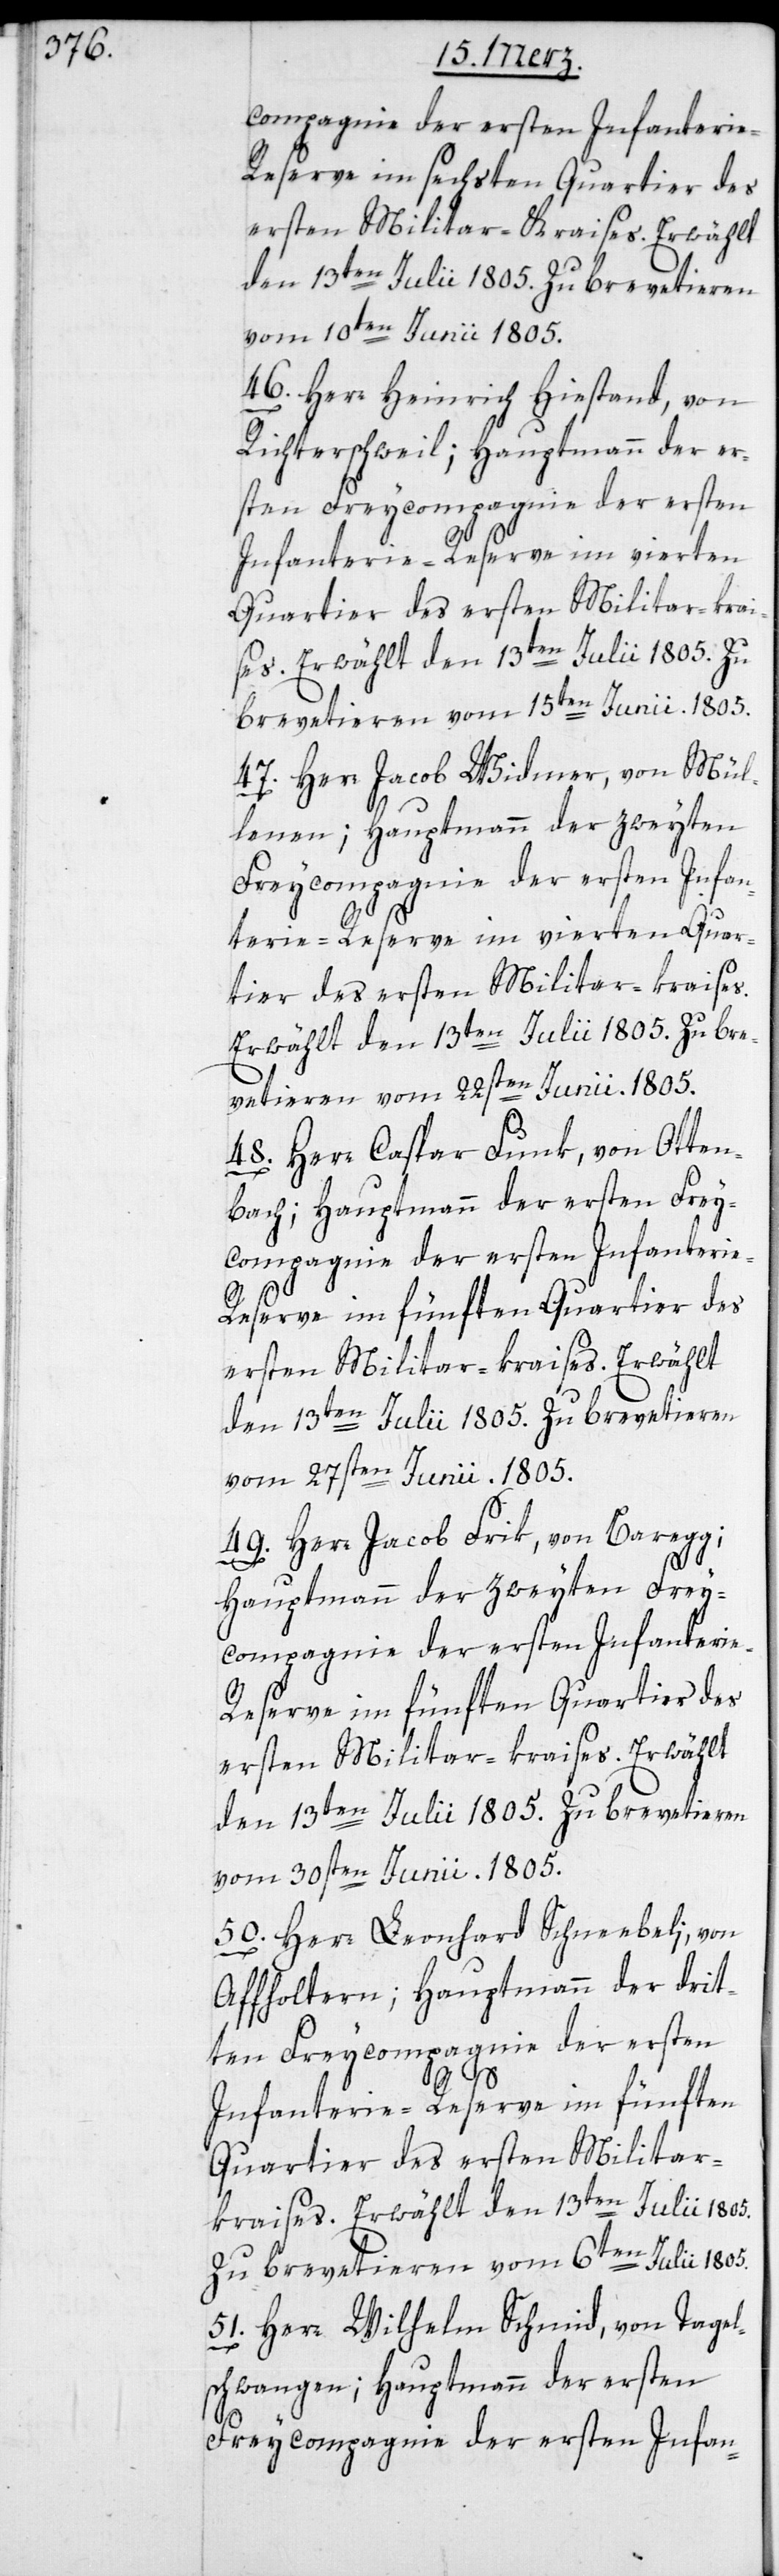
compagnie der ersten Infanterie-R¬
eserve im sechsten Quartier des
ersten Militar-Kraises. Erwählt
vom 10ten Junii 1805.
46. Herr Heinrich Hiestand, von
Richterschweil; Hauptmann der er¬
sten Freycompagnie der ersten
Infanterie-Reserve im vierten
Quartier des ersten Militar-krai¬
ses. Erwählt den 13ten Julii 1805.
brevetieren vom 15ten Junii. 1805.
47. Herr Jacob Widmer, von Mül¬
lenen; Hauptmann der zweyten
Freycompagnie der ersten Infan¬
terie-Reserve im vierten Quar¬
tier des ersten Militar-kraises.
Erwählt den 13ten Julii 1805. Zu bre¬
vetieren vom 22sten Junii. 1805.
48. Herr Caspar Funk, von Otten¬
bach; Hauptmann der ersten Frey¬
eserve im fünften Quartier des
ersten Militar-kraises. Erwählt
den 13ten Julii 1805. Zu brevetieren
vom 27sten Junii. 1805.
49. Herr Jacob Frik, von Baregg;
Hauptmann der zweyten Frey¬
vom 30sten Junii 1805.
50. Herr Leonhard Schneebeli, von
Affholtern; Hauptmann der drit¬
ten Freycompagnie der ersten
Infanterie-Reserve im fünften
Zu brevetieren vom 6ten Julii 1805.
51. Herr Wilhelm Schmid, von Tagel¬
schwangen; Hauptmann der ersten
Freycompagnie der ersten Infan-